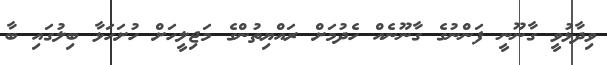
ވިދާޅުވީ ގާނޫނީ ފަންނުގެ ގާނޫނެއް ހެދުމަށް ރައްޔިތުންގެ މަޖިލީހަށް ހުށަހަޅާ ބިލުގައި ބާ